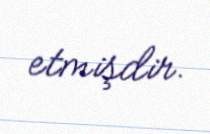
etmişdir.